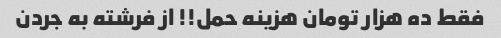
فقط ده هزار تومان هزینه حمل!! از فرشته به جردن